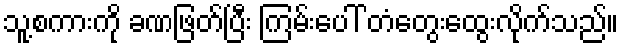
သူ့စကားကို ခဏဖြတ်ပြီး ကြမ်းပေါ် တံတွေးထွေးလိုက်သည်။